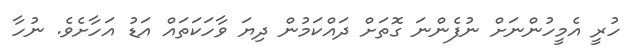
ހުރީ އެމީހުންނަށް ނުފެންނަ ގޮތަށް ދައްކަމުން ދިޔަ ވާހަކަތައް އަޑު އަހާށެވެ. ނުހާ